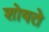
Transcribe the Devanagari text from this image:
शोषते